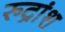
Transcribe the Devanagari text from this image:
रुद्रांश